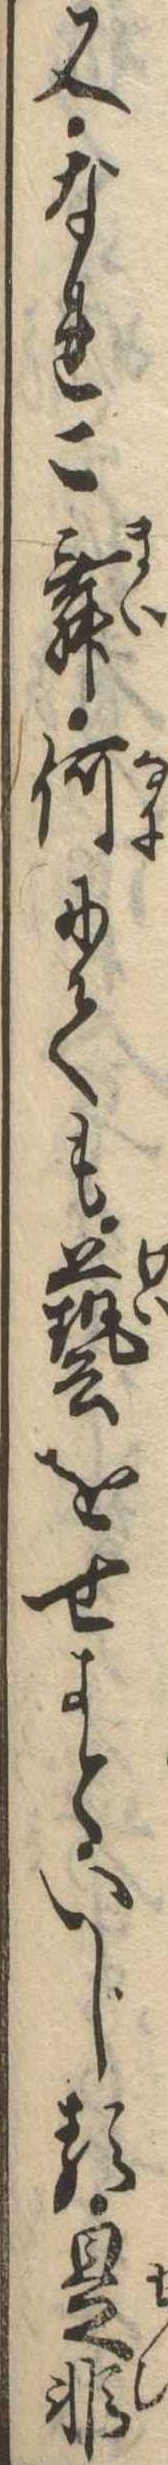
又なれこ舞何にても芸をせよといじる是非